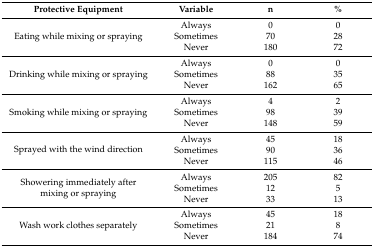
| Protective Equipment | Variable | n | % |
 | --- | --- | --- | --- |
 | <ROWSPAN=3> Eating while mixing or spraying | Always | 0 | 0 |
 | Sometimes | 70 | 28 |
 | Never | 180 | 72 |
 | <ROWSPAN=3> Drinking while mixing or spraying | Always | 0 | 0 |
 | Sometimes | 88 | 35 |
 | Never | 162 | 65 |
 | <ROWSPAN=3> Smoking while mixing or spraying | Always | 4 | 2 |
 | Sometimes | 98 | 39 |
 | Never | 148 | 59 |
 | <ROWSPAN=3> Sprayed with the wind direction | Always | 45 | 18 |
 | Sometimes | 90 | 36 |
 | Never | 115 | 46 |
 | <ROWSPAN=3> Showering immediately after mixing or spraying | Always | 205 | 82 |
 | Sometimes | 12 | 5 |
 | Never | 33 | 13 |
 | <ROWSPAN=3> Wash work clothes separately | Always | 45 | 18 |
 | Sometimes | 21 | 8 |
 | Never | 184 | 74 |